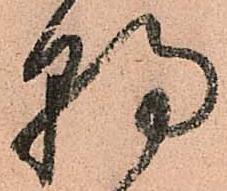
朝